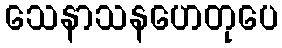
သေနာသနဟေတုပေ